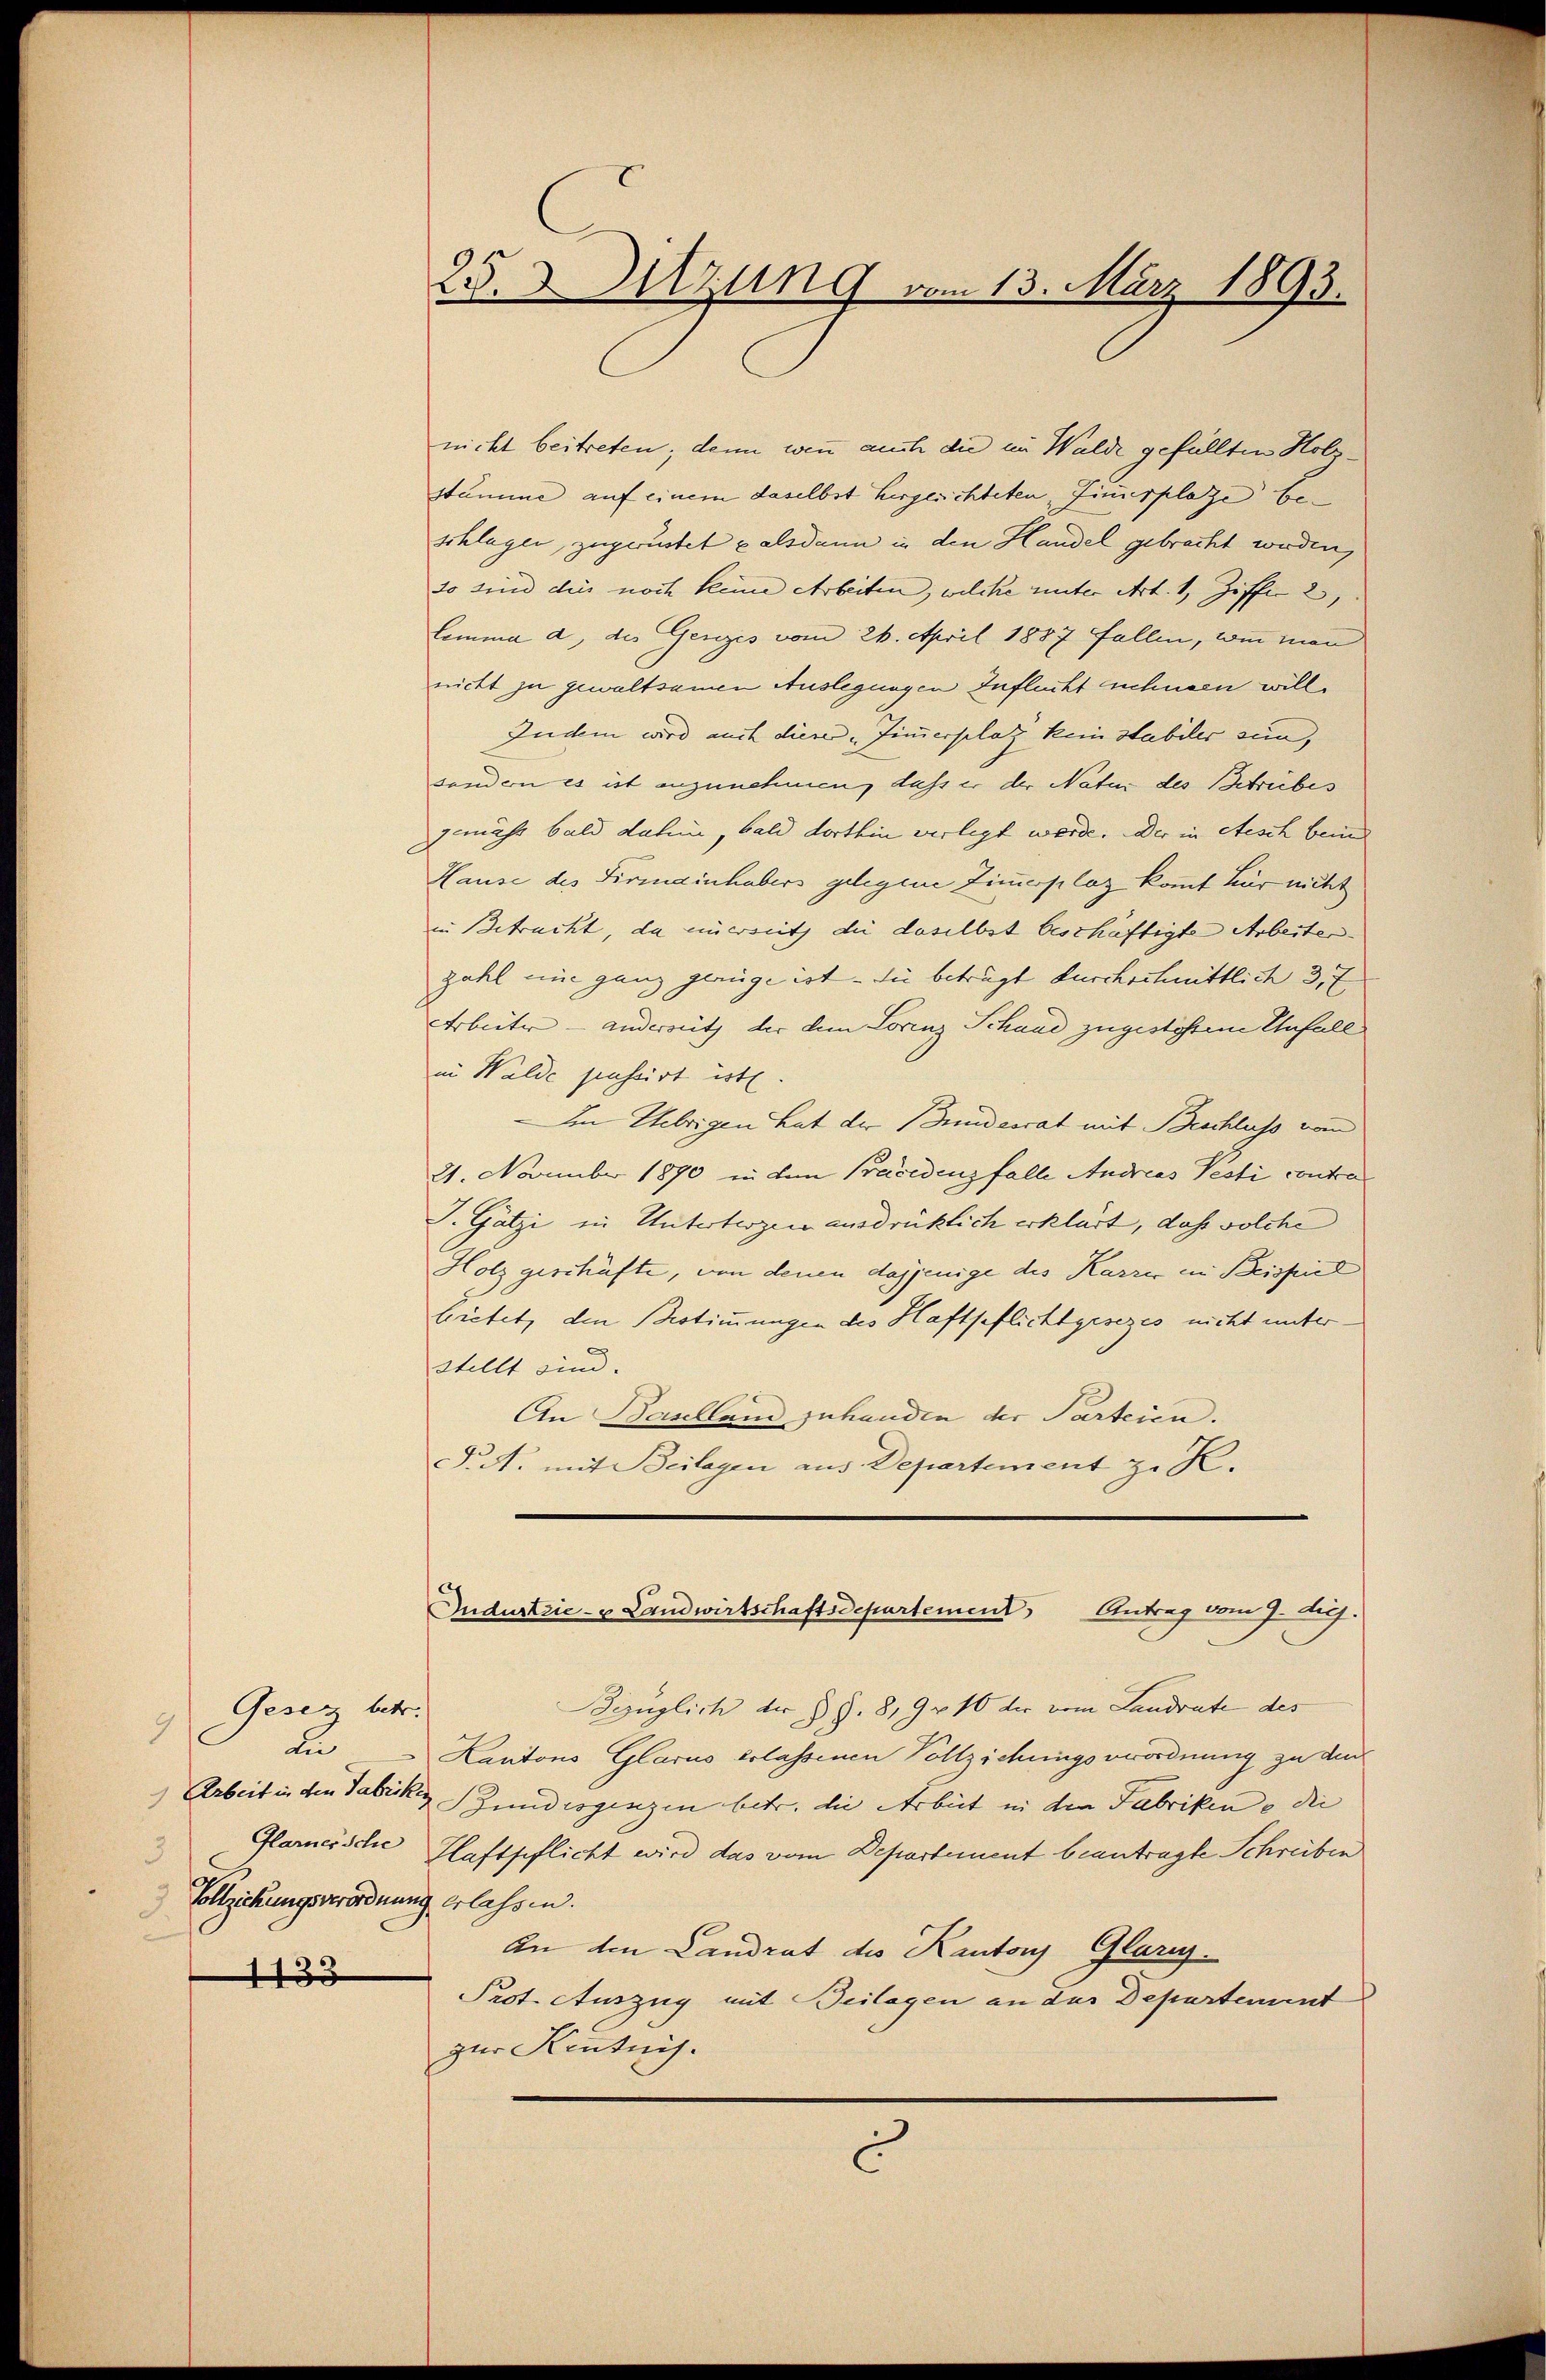
Gesetz betr.
9
die
Glarnersche
3
Vollziehungsverordnung erlassen.
3
1133

25. Witzung vom 13. März 1893.

nicht beitreten; denn wenn auch die im Walde gefüllten Holzstumme auf einem daselbst hergerichteten „Finusplaze E
schlagen, zugerüstet alsdann in den Handel gebracht werden,
so sind dies noch kleine Arbeiten, welche unter Art. 1, Ziffer 2,
Lemma d, des Ganzes vom 26. April 1887 Fallen, wenn man
nicht zu gewaltsamen Auslegungen Influcht nehmen wille
Zudem wird auch dieser „Zimmerplatz kein Stabiler sein,
sondern es ist anzunehmen, dass er der Natur des Betreibes
ähr bald dahin, bald dorthin verlegt werde. Der in Aesch beid
Hause des Firmainhabers gelegene Zimmerplaz kommt für nicht
in Betracht, da einerseit die daselbst beschäftigte Arbeiten.
zahl eine ganz genüge ist - die beträgt durchschnittlich 3. E
Arbeiter - anderseit der dem Lorenz Schand zugestöhtem Unfall
in Walde passirt ist.
In Uebrigen hat der Bundesrat mit Beschluss vom
21. November 1890 in dem Präcedenz falle Andreas Testi contra
J. Gätzi in Untertragen ausdrücklich erklärt, daß solche
Holz geschäfte, von denen dasjenige des Karrer in Beispiel
bietet, den Bestimmungen des Haftpflichtgesezes nicht unter
stellt sind.
An Baselland zuhanden der Parteien.
.A. mit Beilagen aus Departement z. R.

Industrie- & Landwirtschaftsdepartement, Antrag vom 9. huj.

Bezüglich der § §. 819 n 10 der vom Landrate des
Kantons Glarus erlassenen Vollziehungsverordnung zu de
Arbeit in den Fabriken Zundesgenzen betr. die Arbeit in den Fabriken – die
Haftpflicht wird das vom Departement beantragte Schreiben
An den Landrat des Kantons Glarus
Prot. Auszug mit Beilagen an das Departement
zur Kenntnis.

C